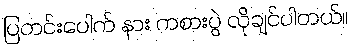
ပြတင်းပေါက် နား ကစားပွဲ လိုချင်ပါတယ်။